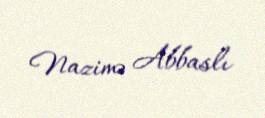
Nazimə Abbaslı